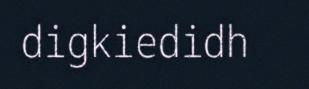
digkiedidh